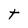
Character: t